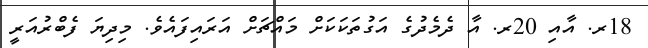
18ރ. އާއި 20ރ. އާ ދެމެދުގެ އަގުތަކަކަށް މައްޗަށް އަރައިފައެވެ. މިދިޔަ ފެބްރުއަރީ